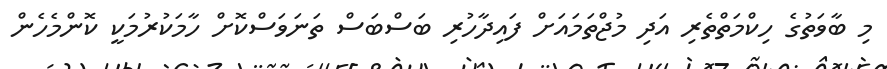
މި ބާވަތުގެ ހިކްމަތްތެރި އަދި މުޖްތަމައަށް ފައިދާހުރި ބަސްބަސް ތަނަވަސްކޮށް ހާމަކުރުމަކީ ކޮންމެހެން